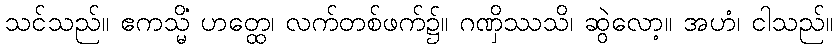
သင်သည်။ ဧကသ္မိံ ဟတ္ထေ၊ လက်တစ်ဖက်၌။ ဂဏှိဿသိ၊ ဆွဲလော့။ အဟံ၊ ငါသည်။